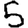
Digit: 5